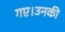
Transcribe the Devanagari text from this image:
गए।उनकी